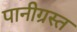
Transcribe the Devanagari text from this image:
पानीग्रस्त